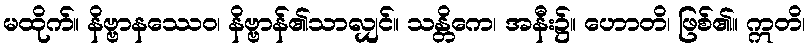
မထိုက်။ နိဗ္ဗာနဿေဝ၊ နိဗ္ဗာန်၏သာလျှင်။ သန္တိကေ၊ အနီး၌။ ဟောတိ၊ ဖြစ်၏။ ဣတိ၊